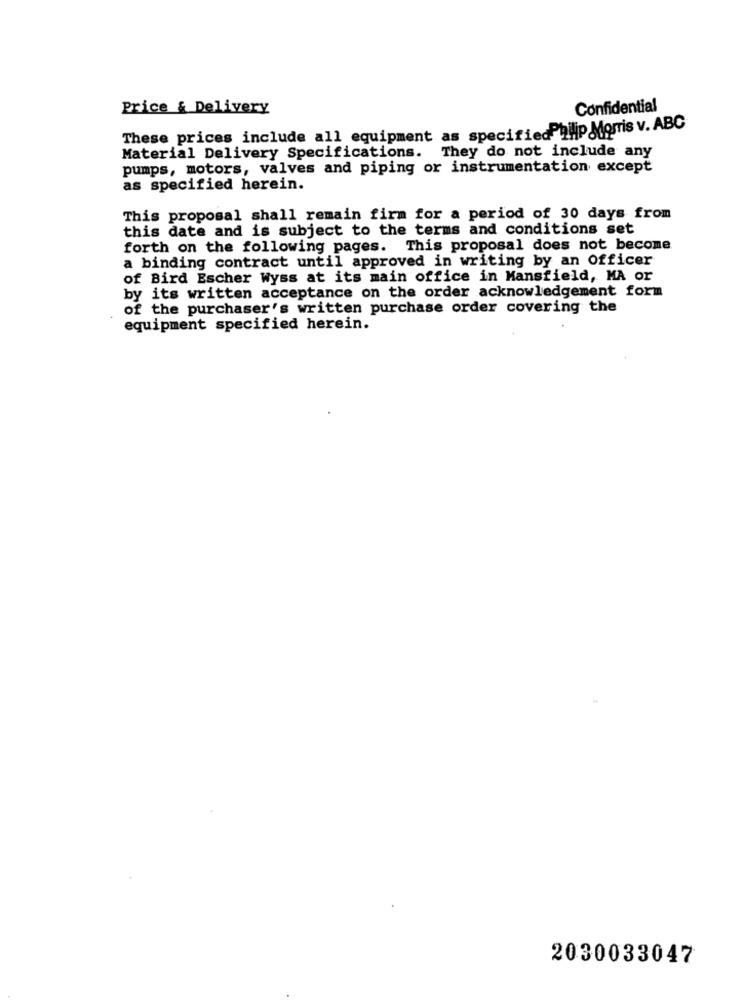
Price & Delivery
Confidential
These prices include all equipment as specifiedPhilip Morris v. ABC
Material Delivery Specifications.
They do not include any
pumps, motors, valves and piping or instrumentation except
as specified herein.
This proposal shall remain firm for a period of 30 days from
this date and is subject to the terms and conditions set
forth on the following pages. This proposal does not become
a binding contract until approved in writing by an Officer
of Bird Escher Wyss at its main office in Mansfield, MA or
by its written acceptance on the order acknowledgement form
of the purchaser's written purchase order covering the
equipment specified herein.
2030033047